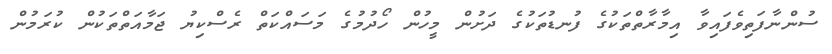
ސުންނާފަތިވެފައިވާ އިމާރާތްތަކުގެ ފުނޑުތަކުގެ ދަށުން މީހުން ހޯދުމުގެ މަސައްކަތް ރެސްކިޔު ޖަމާއަތްތަކުން ކުރަމުން